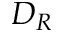
D _ { R }